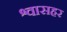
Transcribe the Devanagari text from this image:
श्वासहर